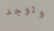
وتوجد